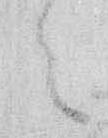
々